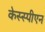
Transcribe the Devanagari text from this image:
केस्स्पीएन